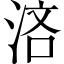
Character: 𣵰